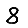
Digit: 8